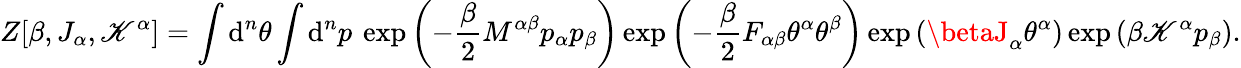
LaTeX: Z[\beta,J_{\alpha},\mathscr{K}^{\alpha}]=\int\mathrm{{d}}^{n}\theta\int\mathrm{{d}}^{n}p\: \exp\left(-\frac{{\beta}}{{2}}M^{\alpha\beta}p_{\alpha}p_{\beta}\right)\exp\left(-\frac{{\beta}}{{2}}F_{\alpha\beta}\theta^{\alpha}\theta^{\beta}\right)\exp\left(\betaJ_{\alpha}\theta^{\alpha}\right)\exp\left(\beta\mathscr{K}^{\alpha}p_{\beta}\right).